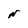
Character: N